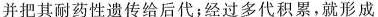
并把其耐药性遗传给后代经过多代积累，就形成